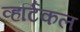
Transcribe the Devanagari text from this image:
व्हर्टिकल